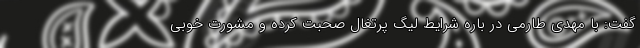
گفت: با مهدی طارمی در باره شرایط لیگ پرتغال صحبت کرده و مشورت خوبی